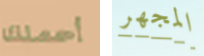
أحملك المجهر